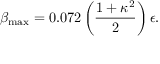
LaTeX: \beta _ { \mathrm { m a x } } = 0 . 0 7 2 \left( { \frac { 1 + \kappa ^ { 2 } } { 2 } } \right) \epsilon .